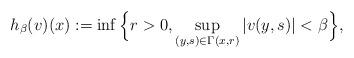
LaTeX: \begin{align*}h_{\beta}(v)(x):=\inf\Big\{r>0,\sup_{(y,s)\in \Gamma(x,r)}|v(y,s)|<\beta\Big\},\end{align*}